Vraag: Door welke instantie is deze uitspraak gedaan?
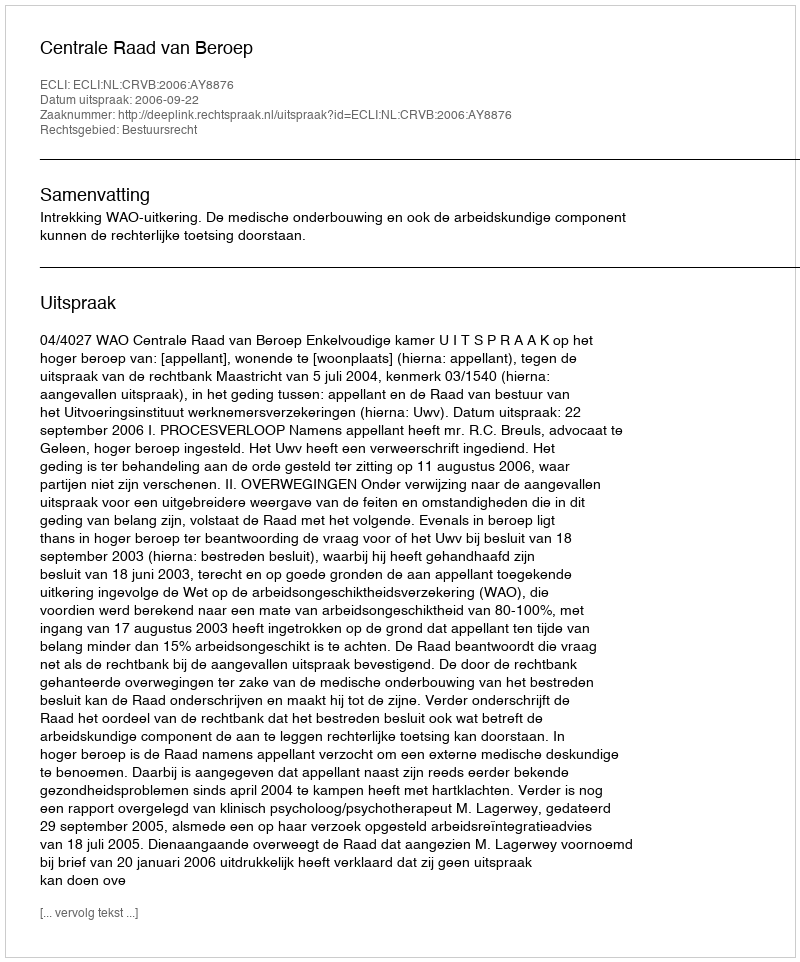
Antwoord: Centrale Raad van Beroep